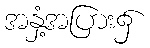
အနှံ့အပြား၌